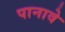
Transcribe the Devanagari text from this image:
पानावे